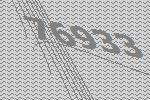
76933